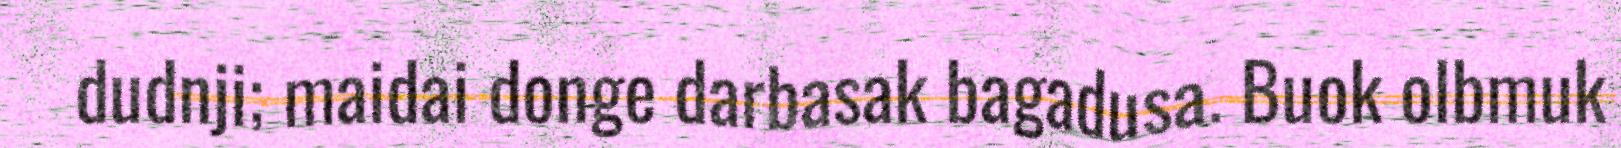
dudnji; maidai donge darbasak bagadusa. Buok olbmuk